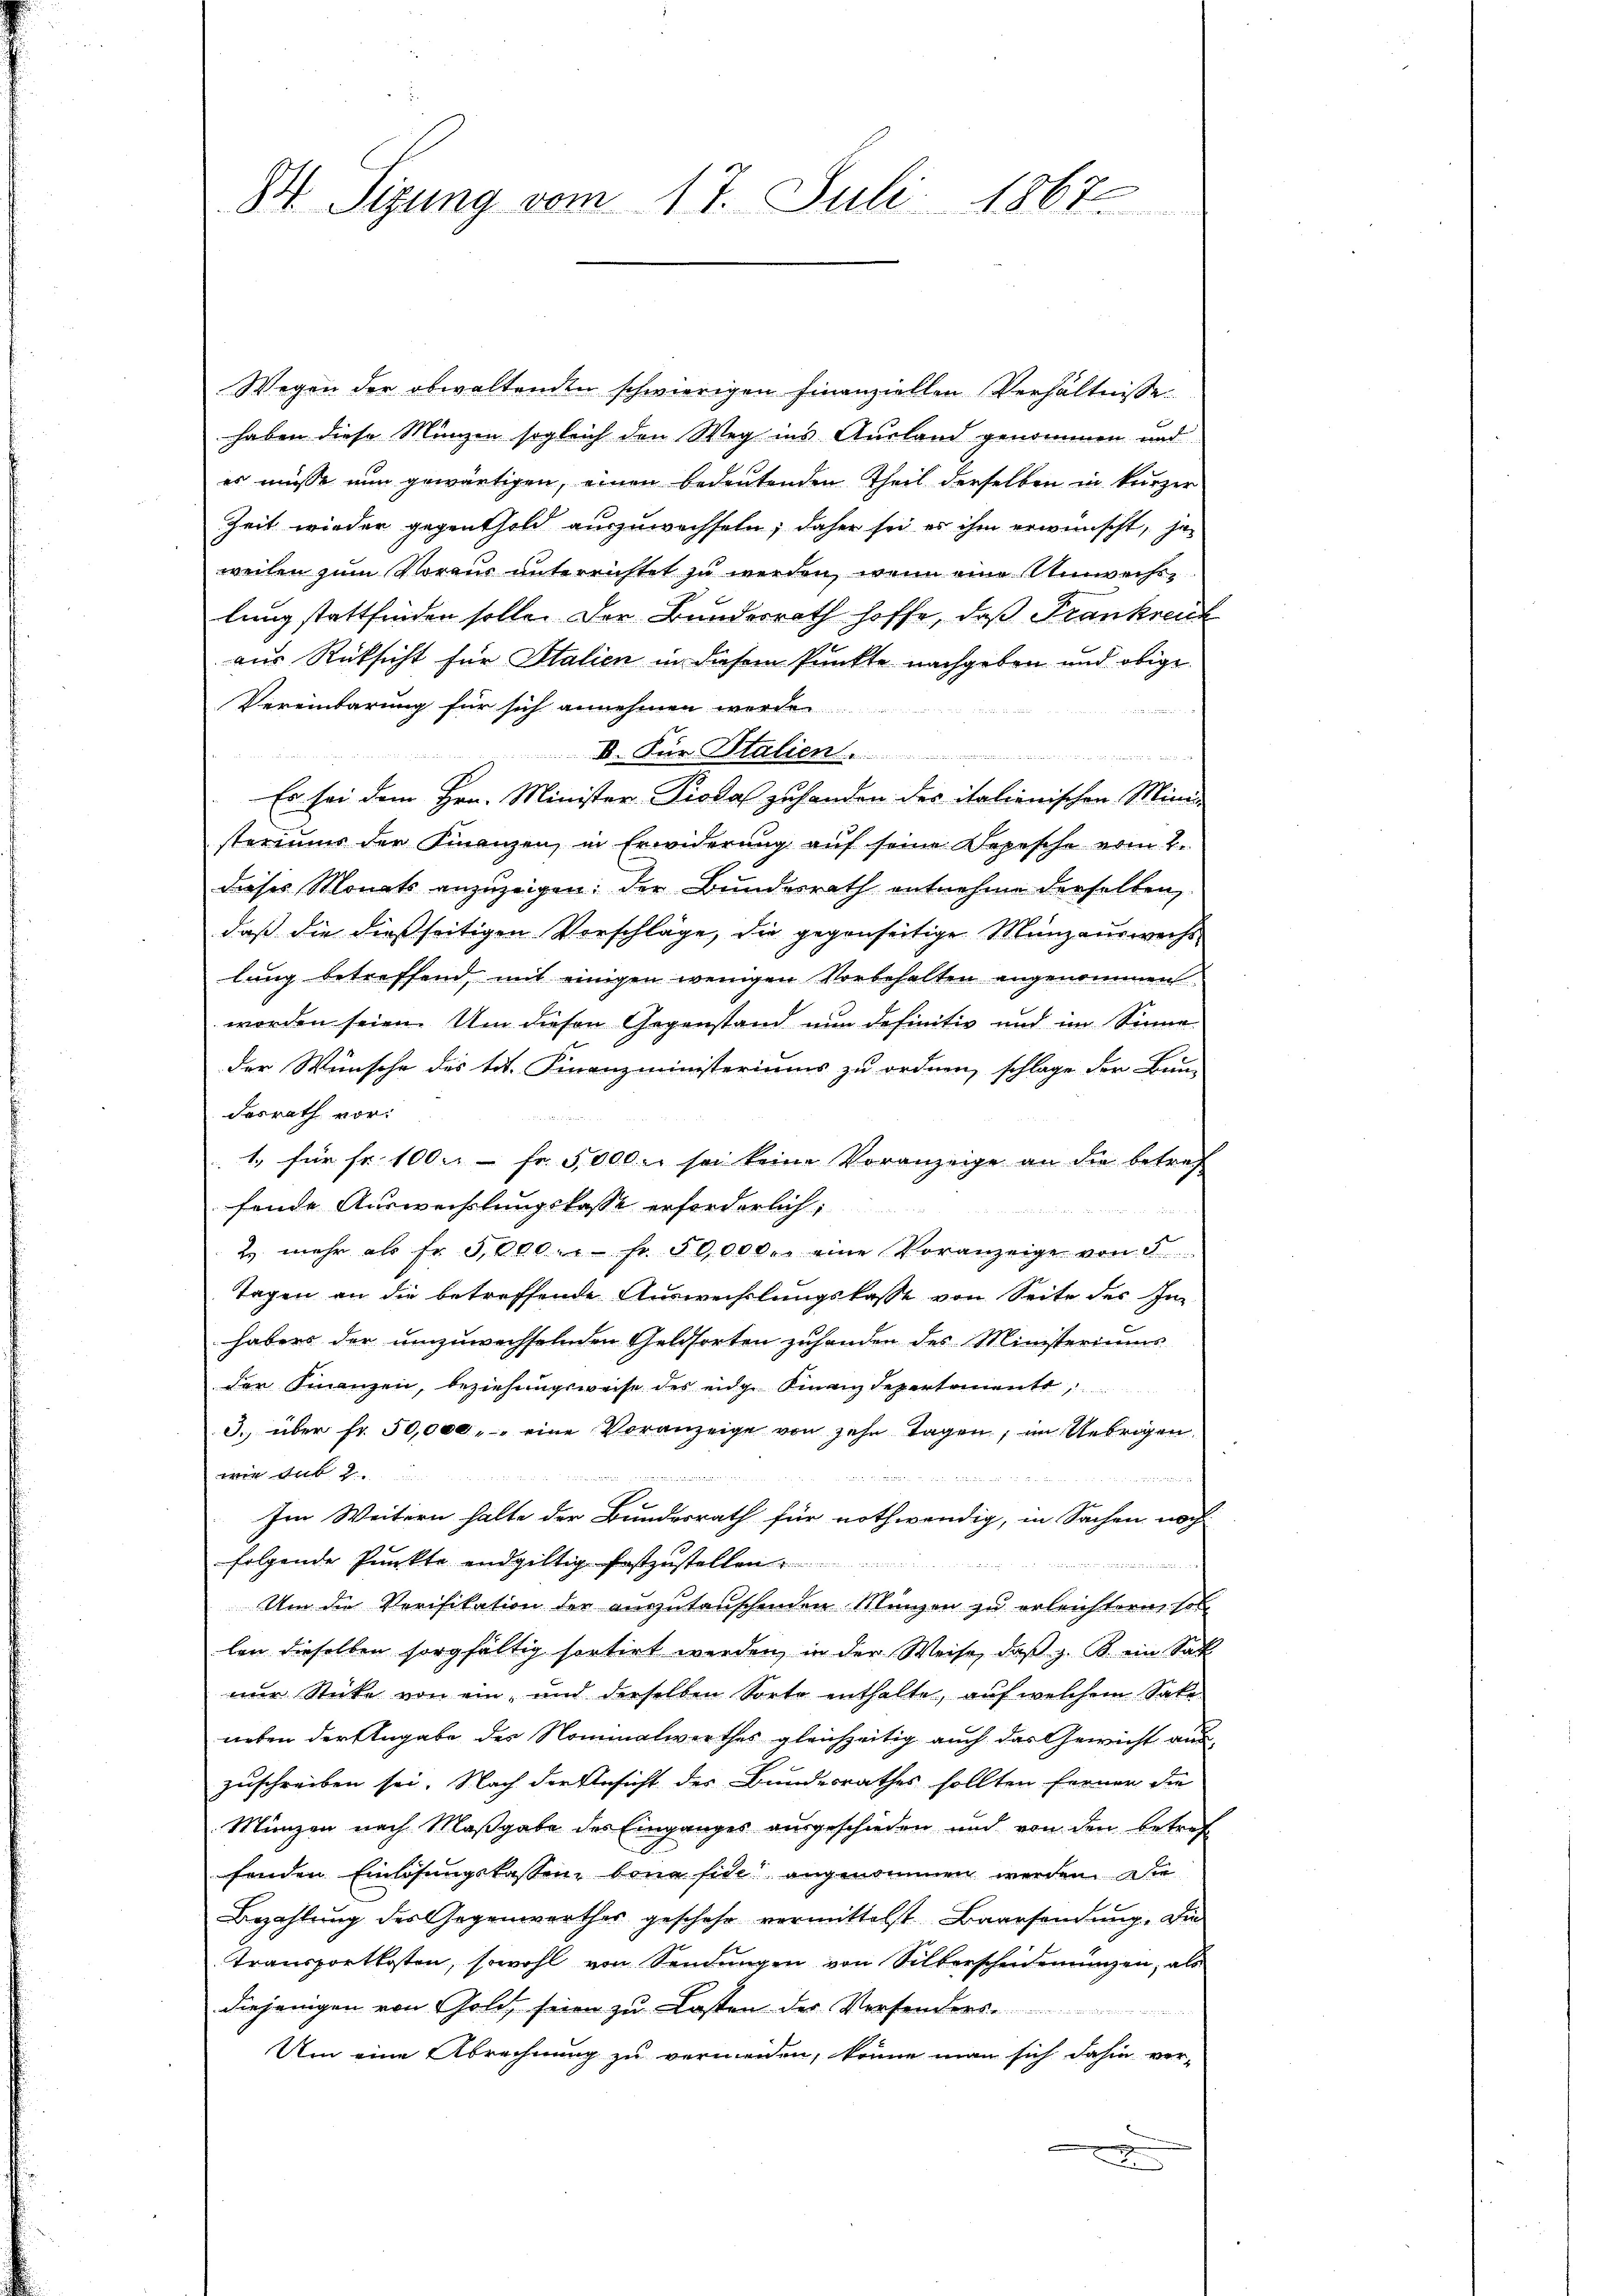
H Sizung vom 17. Juli 1867

Wegen der obwaltenden schwierigen Finanziellen Verhältnisse
haben diese Münzen sogleich den Weg ins Ausland genommen und
es müsse nun gewärtigen, einen bedeutenden Theil derselben in kurzer
Zeit wieder gegenthold auszuwechseln; daher sei es ihm erwünscht, jeweilen zum Voraus unterrichtet zu werden, wenn eine Anweisen
lung stattfinden solle. Der Bundesrath hoffe, daß Frankreik
1
aus Rücksicht für Italien in diesem Punkte nachgeben und obige
Vereinbarung für sich annehmen werden
b. Für Stalien.
u
Es sei dem Hrn. Minister- Piodal zuhanden des italienischen Minide
steriums der Finanzen, in Erwiderung auf seine Depesche vom 2.
dieses Monats anzuzeigen: der Bundesrath entnehme derselben,
daß die dießseitigen Vorschläge, die gegenseitige Münzauswechslung betreffend, mit einigen wenigen Vorbehalten angenommen
worden seien. Um diesen Gegenstand nun definitiv und im Sinne
der Wünsche des tit. Finanzministeriums zu ordnen, schlage der Bun-
desrath vor:
1. für fr. 1000 Fr. 5000 u. so keine Voranzeige an die betref
fende Auswechslungskasse erforderlich.

2. mehr als fr. 3,000.- Fr. 50,000 r. eine Voranzeige von 8
Tagen an die betreffende Auswechslungskasse von Seite des In
habens der umzuwechselnden Geldsorten zuhanden des Ministeriums
der Finanzen, beziehungsweise des eidg. Finanzdepartemento,
3. über fr. 50,000. eine Voranzeige von zehn Tagen, im Uebrigen
wir das

Im Weitern halte der Bundesrath für nothwendig, in Sachen noch
folgende Punkte endgültig festzustellen
Um die Verifikation der auszutauschenden Münzen zu erleichtern soll
len dieselben sorgfältig sortirt werden, in der Weise, daß z. B. ein Sat
nur Stücke von ein, und derselben Sorte enthalte, auf welchem Satz
neben der Angabe des Nominalwirthes gleichzeitig auch das Gewicht aus-
zuschreiben sei. Nach der Ansicht des Bundesrathes sollten Ferner die
Münzen nach Maßgabe des Einganges ausgeschieden und von den betreff
fenden Einlösungslassen, bona fide angenommen werden. Die
Bezahlung des Gegenwarther geschehe vermittelst Baarsendung. Die
Transportkosten, sowohl von Sendungen von Silberscheiderungen, als
diejenigen von Gold, seien zu Kosten des Versenders
Um eine Abrechnung zu vermeiden, könne man sich dahin ver-
x